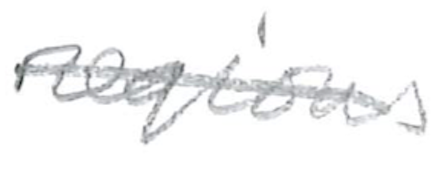
Text: regions
Cross-out: mix
Writing tool: pencil